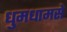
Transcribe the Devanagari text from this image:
धुमधामसे